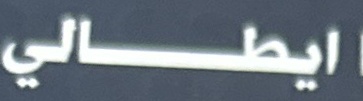
ايطالي